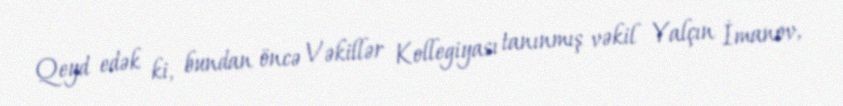
Qeyd edək ki, bundan öncə Vəkillər Kollegiyası tanınmış vəkil Yalçın İmanov,